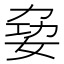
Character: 𪥺